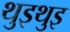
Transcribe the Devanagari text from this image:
थुइथुइ